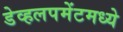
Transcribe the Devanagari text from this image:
डेव्हलपमेंटमध्ये